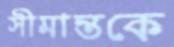
সীমান্তকে